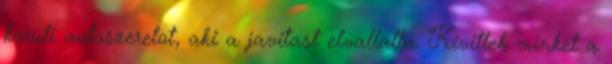
koruli autoszerelot, aki a javitast elvallalta. Kivittek minket a